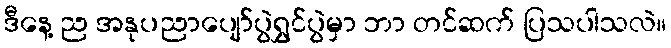
ဒီနေ့ ည အနုပညာပျော်ပွဲရွှင်ပွဲမှာ ဘာ တင်ဆက် ပြသပါသလဲ။